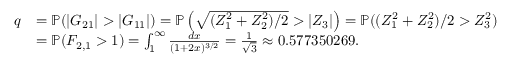
\begin{array} { r l } { q } & { = \mathbb P ( | G _ { 2 1 } | > | G _ { 1 1 } | ) = \mathbb P \left( \sqrt { ( Z _ { 1 } ^ { 2 } + Z _ { 2 } ^ { 2 } ) / 2 } > | Z _ { 3 } | \right) = \mathbb P ( ( Z _ { 1 } ^ { 2 } + Z _ { 2 } ^ { 2 } ) / 2 > Z _ { 3 } ^ { 2 } ) } \\ & { = \mathbb P ( F _ { 2 , 1 } > 1 ) = \int _ { 1 } ^ { \infty } \frac { d x } { ( 1 + 2 x ) ^ { 3 / 2 } } = \frac 1 { \sqrt 3 } \approx 0 . 5 7 7 3 5 0 2 6 9 . } \end{array}